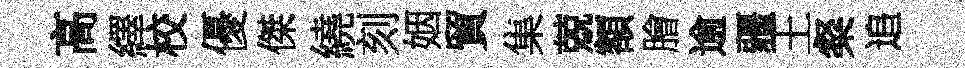
高繹校優傑繞刻姻貿集兢額膾逾疆王粲追